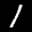
Label: 1